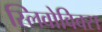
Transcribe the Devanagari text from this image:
स्लिवोविक्स